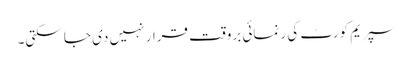
سپریم کورٹ کی رنمائی بروقت قرار نہیں دی جا سکتی۔